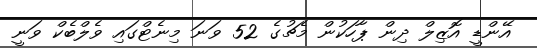
އޭންޑީ އޮޒިލް ދިން ޕާހަކުން މެޗުގެ 52 ވަނަ މިނެޓްގައި ވެލްބެކް ވަނީ